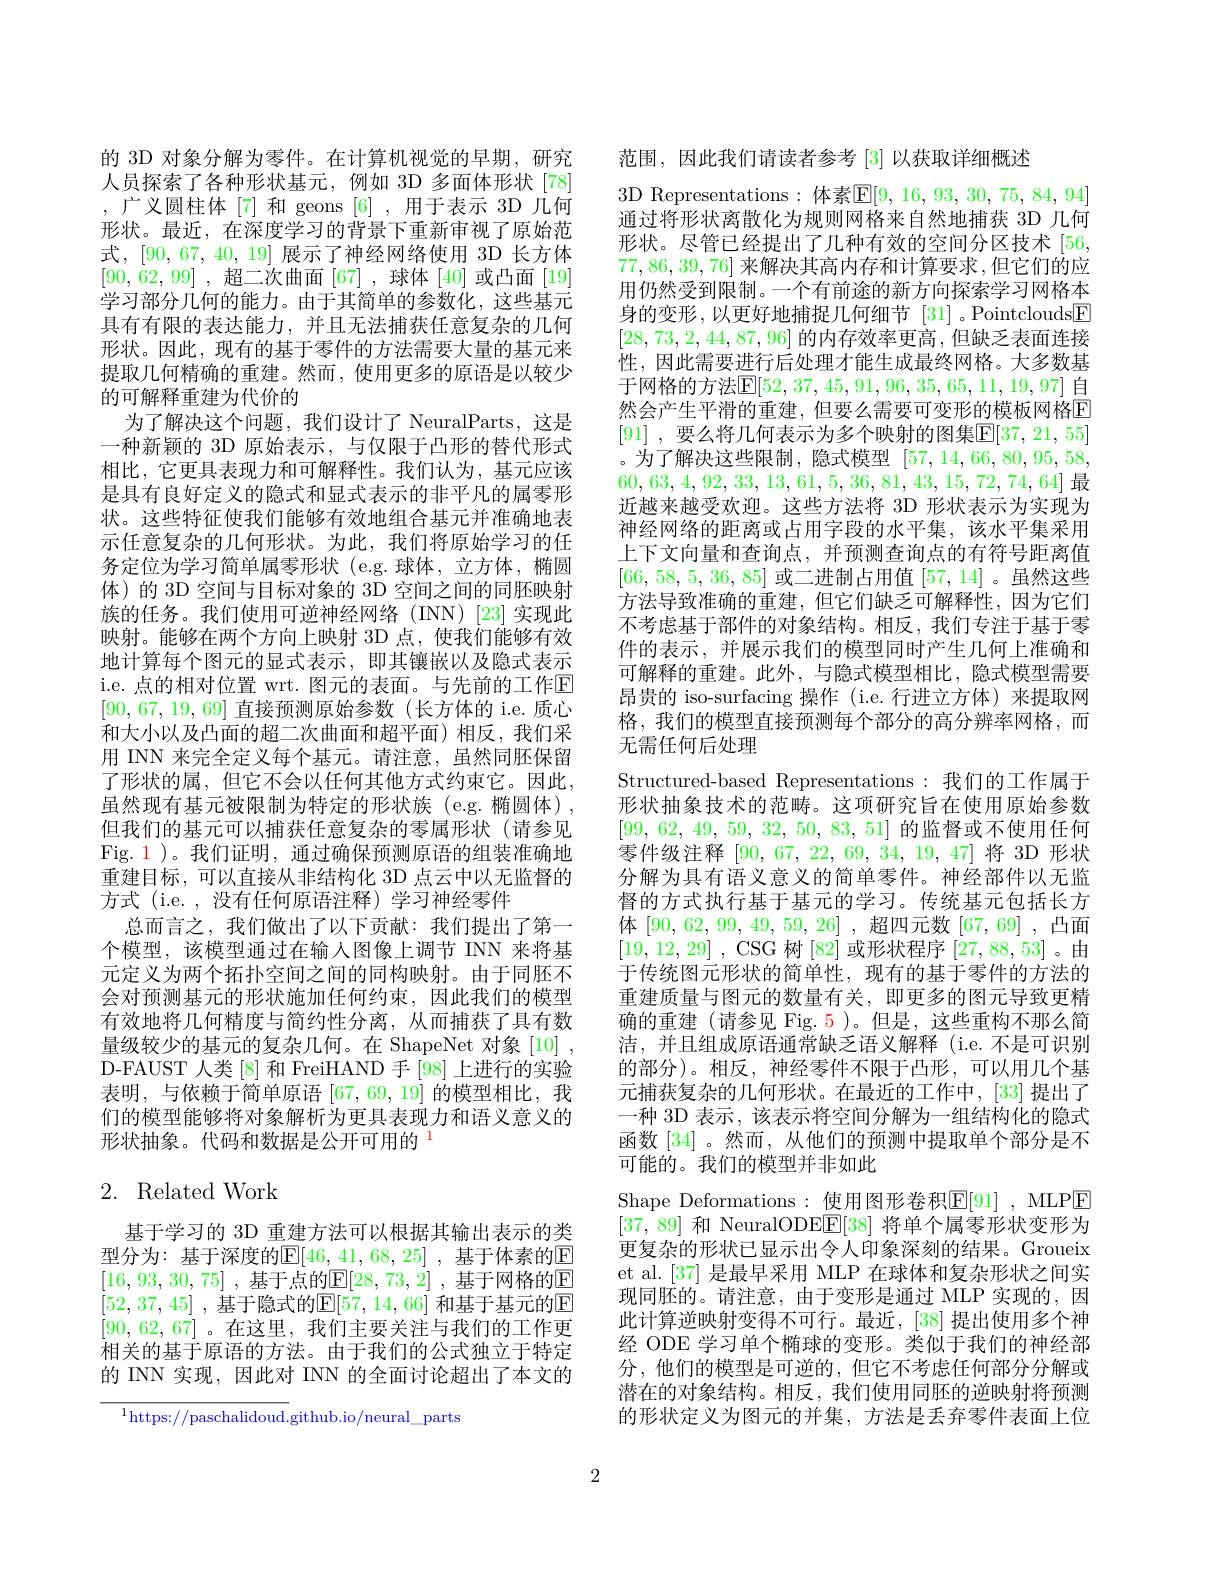
的 3D 对象分解为零件。在计算机视觉的早期，研究人员探索了各种形状基元，例如 3D 多面体形状 [78] ,广义圆柱体[7] 和 geons [6] ,用于表示 3D 几何形状。最近，在深度学习的背景下重新审视了原始范式，[90,67,40,19] 展示了神经网络使用 3D 长方体[90,62,99] ,超二次曲面[67] ,球体[40]或凸面[19] 学习部分几何的能力。由于其简单的参数化，这些基元具有有限的表达能力，并且无法捕获任意复杂的几何形状。因此，现有的基于零件的方法需要大量的基元来提取几何精确的重建。然而，使用更多的原语是以较少的可解释重建为代价的
为了解决这个问题，我们设计了 NeuralParts, 这是一种新颖的 3D 原始表示，与仅限于凸形的替代形式相比，它更具表现力和可解释性。我们认为，基元应该是具有良好定义的隐式和显式表示的非平凡的属零形状。这些特征使我们能够有效地组合基元并准确地表示任意复杂的几何形状。为此，我们将原始学习的任务定位为学习简单属零形状 (e.g.球体，立方体，椭圆体)的 3D 空间与目标对象的 3D 空间之间的同胚映射族的任务。我们使用可逆神经网络(INN)[23]实现此映射。能够在两个方向上映射 3D 点，使我们能够有效地计算每个图元的显式表示，即其镶嵌以及隐式表示i.e.点的相对位置 wrt. 图元的表面。与先前的工作$\mathbb{E}$ [90,67,19,69]直接预测原始参数(长方体的 i.e.质心和大小以及凸面的超二次曲面和超平面)相反，我们采用 INN 来完全定义每个基元。请注意，虽然同胚保留了形状的属，但它不会以任何其他方式约束它。因此， 虽然现有基元被限制为特定的形状族(e.g.椭圆体), 但我们的基元可以捕获任意复杂的零属形状(请参见Fig. 1 )。我们证明，通过确保预测原语的组装准确地重建目标，可以直接从非结构化 3D 点云中以无监督的方式 (i.e. , 没有任何原语注释) 学习神经零件
总而言之，我们做出了以下贡献：我们提出了第一个模型，该模型通过在输入图像上调节 INN 来将基元定义为两个拓扑空间之间的同构映射。由于同胚不会对预测基元的形状施加任何约束，因此我们的模型有效地将几何精度与简约性分离，从而捕获了具有数量级较少的基元的复杂几何。在 ShapeNet 对象[10] , D-FAUST 人类[8]和 FreiHAND 手 [98] 上进行的实验表明，与依赖于简单原语[67,69,19]的模型相比，我们的模型能够将对象解析为更具表现力和语义意义的形状抽象。代码和数据是公开可用的$^{\color{red}{1}}$

# 2. Related Work

基于学习的 3D 重建方法可以根据其输出表示的类型分为：基于深度的$\mathbb{E}[46,41,68,25]$ ,基于体素的E [16,93,30,75] , 基于点的$\mathbb{E} [ 28, 73, 2]$ , 基于网格的$\mathbb{E}$ [52,37,45] , 基 于 隐 式 的 $\mathbb{E} [ 57, 14, 66]$ 和基于基元的$\mathbb{E}$ [90,62,67]。在这里，我们主要关注与我们的工作更相关的基于原语的方法。由于我们的公式独立于特定的 INN 实现，因此对 INN 的全面讨论超出了本文的

$^{1}$https://paschalidoud.github.io/neural\_parts

范围，因此我们请读者参考[3]以获取详细概述
3D Representations:体素$\mathbb{E}[9,16,93,30,75,84,94]$ 通过将形状离散化为规则网格来自然地捕获 3D 几何形状。尽管已经提出了几种有效的空间分区技术[56, 77,86,39,76] 来解决其高内存和计算要求 ,但它们的应用仍然受到限制。一个有前途的新方向探索学习网格本身的变形，以更好地捕捉几何细节 [31]。Pointclouds$\boxed{\mathrm{F}}$ [28,73,2,44,87,96]的内存效率更高，但缺乏表面连接性，因此需要进行后处理才能生成最终网格。大多数基于网格的方法$\mathbb{E}[52,37,45,91,96,35,65,11,19,97]$ 自然会产生平滑的重建，但要么需要可变形的模板网格E [91] ,要么将几何表示为多个映射的图集$\mathbb{E}[37,21,55]$ 。为了解决这些限制，隐式模型[57,14,66,80,95,58, 60,63,4,92,33,13,61,5,36,81,43,15,72,74,64]最近越来越受欢迎。这些方法将 3D 形状表示为实现为神经网络的距离或占用字段的水平集，该水平集采用上下文向量和查询点，并预测查询点的有符号距离值[66,58,5,36,85]或二进制占用值[57,14] 。虽然这些方法导致准确的重建，但它们缺乏可解释性，因为它们不考虑基于部件的对象结构。相反，我们专注于基于零件的表示，并展示我们的模型同时产生几何上准确和可解释的重建。此外，与隐式模型相比，隐式模型需要昂贵的 iso-surfacing 操作 (i.e.行进立方体)来提取网格，我们的模型直接预测每个部分的高分辨率网格，而无需任何后处理
Structured-based Representations:我们的工作属于形状抽象技术的范畴。这项研究旨在使用原始参数[99, 62, 49, 59, 32, 50, 83, 51]的监督或不使用任何零件级注释[90,67,22,69,34,19,47]将 3D 形状分解为具有语义意义的简单零件。神经部件以无监督的方式执行基于基元的学习。传统基元包括长方体[90,62,99,49,59,26] ,超四元数[67,69] ,凸面[19,12,29] , CSG 树 [82] 或形状程序 [27, 88, 53] 。由于传统图元形状的简单性，现有的基于零件的方法的重建质量与图元的数量有关，即更多的图元导致更精确的重建 (请参见 Fig.5)。但是，这些重构不那么简洁，并且组成原语通常缺乏语义解释 (i.e.不是可识别的部分)。相反，神经零件不限于凸形，可以用几个基元捕获复杂的几何形状。在最近的工作中，[33]提出了一种 3D 表示，该表示将空间分解为一组结构化的隐式函数[34]。然而，从他们的预测中提取单个部分是不可能的。我们的模型并非如此
Shape Deformations:使用图形卷积$\mathbb{E}[91]$ ,MLPE [37,89]和 NeuralODE$\underline{\mathrm{E}}[38]$将单个属零形状变形为更复杂的形状已显示出令人印象深刻的结果。Groueix et al.[37] 是最早采用 MLP 在球体和复杂形状之间实现同胚的。请注意，由于变形是通过 MLP 实现的，因此计算逆映射变得不可行。最近，[38] 提出使用多个神经 ODE 学习单个椭球的变形。类似于我们的神经部分，他们的模型是可逆的，但它不考虑任何部分分解或潜在的对象结构。相反，我们使用同胚的逆映射将预测的形状定义为图元的并集，方法是丢弃零件表面上位

2